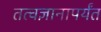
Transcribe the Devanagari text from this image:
तत्वज्ञानापर्यंत